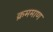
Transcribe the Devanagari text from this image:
क्रममाण